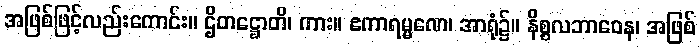
အဖြစ်ဖြင့်လည်းကောင်း။ ဌိတဋ္ဌောတိ၊ ကား။ ဧကာရမ္မဏေ၊ အာရုံ၌။ နိစ္စလဘာဝေန၊ အဖြစ်